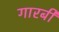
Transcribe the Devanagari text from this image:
गारबी